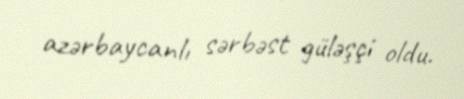
azərbaycanlı sərbəst güləşçi oldu.